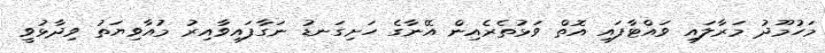
މަހުމޫދު މަރާލައި ވައްޓާފައި އޮތް ވަޅުތެރެއިން އޭނާގެ ހަށިގަނޑު ނަގާފައިވާއިރު މުއާވިޔަތު ވިދާޅުވީ